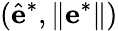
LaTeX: (\hat{\mathbf e}^{*},\lVert\mathbf e^{*}\rVert)